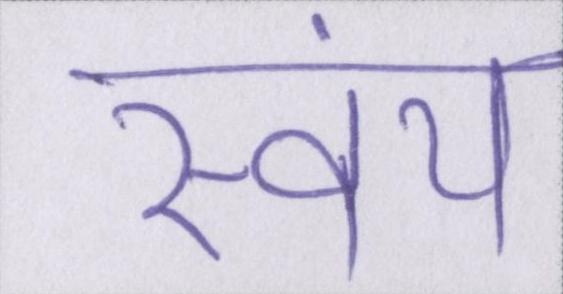
स्वंय